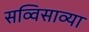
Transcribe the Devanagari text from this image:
सव्विसाव्या